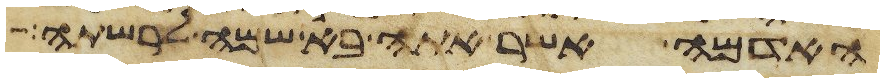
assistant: האדמה אשר אתה בא שמה לרשתה